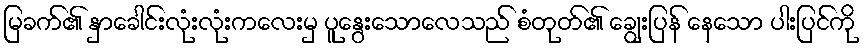
မြခက်၏ နှာခေါင်းလုံးလုံးကလေးမှ ပူနွေးသောလေသည် စံတုတ်၏ ချွေးပြန် နေသော ပါးပြင်ကို